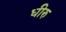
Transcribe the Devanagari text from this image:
धीरु